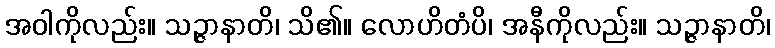
အဝါကိုလည်း။ သဉ္ဇာနာတိ၊ သိ၏။ လောဟိတံပိ၊ အနီကိုလည်း။ သဉ္ဇာနာတိ၊